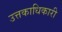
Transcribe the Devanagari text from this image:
उत्तकाधिकारी